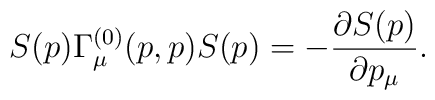
S(p)\Gamma_{\mu}^{(0)}(p,p)S(p)=-\frac{\partial S(p)}{\partial p_{\mu}}.